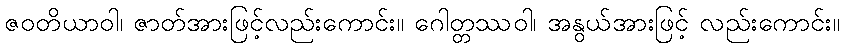
ဇဝတိယာဝါ၊ ဇာတ်အားဖြင့်လည်းကောင်း။ ဂေါတ္တဿဝါ၊ အနွယ်အားဖြင့် လည်းကောင်း။